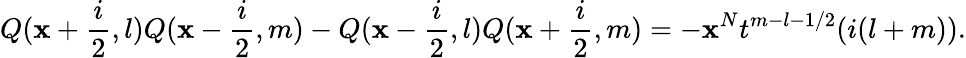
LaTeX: Q(\mathbf{x}+\frac{{i}}{{2}},l)Q(\mathbf{x}-\frac{{i}}{{2}},m)-Q(\mathbf{x}-\frac{{i}}{{2}},l)Q(\mathbf{x}+\frac{{i}}{{2}},m)=-\mathbf{x}^{N}t^{m-l-1/2}(i(l+m)).